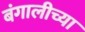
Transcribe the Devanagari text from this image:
बंगालीच्या